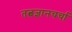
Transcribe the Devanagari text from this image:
तत्वज्ञानचर्चा